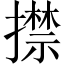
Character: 㩒